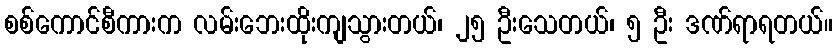
စစ်ကောင်စီကားက လမ်းဘေးထိုးကျသွားတယ်၊ ၂၅ ဦးသေတယ်၊ ၅ ဦး ဒဏ်ရာရတယ်။